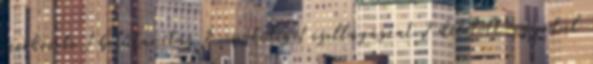
szerkezete 1 betűtanítás 2 cipőkötés 1 csillagászat 2 délelőtt-egyedül